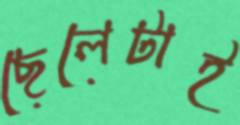
ছেলেটাই